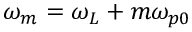
\omega _ { m } = \omega _ { L } + m \omega _ { p 0 }